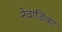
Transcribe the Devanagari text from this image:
नेवाडिका